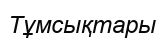
Тұмсықтары